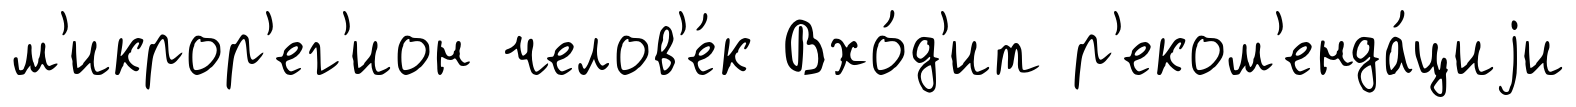
м'икрор'ег'ион челов'е́к Вхо́д'ит р'еком'енда́циjи